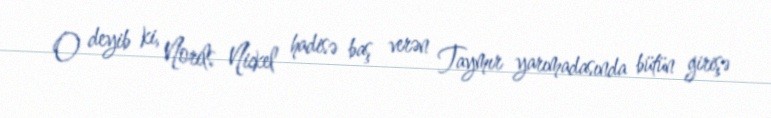
O deyib ki, Norils Nickel hadisə baş verən Taymır yarımadasında bütün girişə